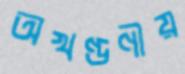
অখণ্ডণীয়